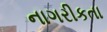
નાગરીકતા